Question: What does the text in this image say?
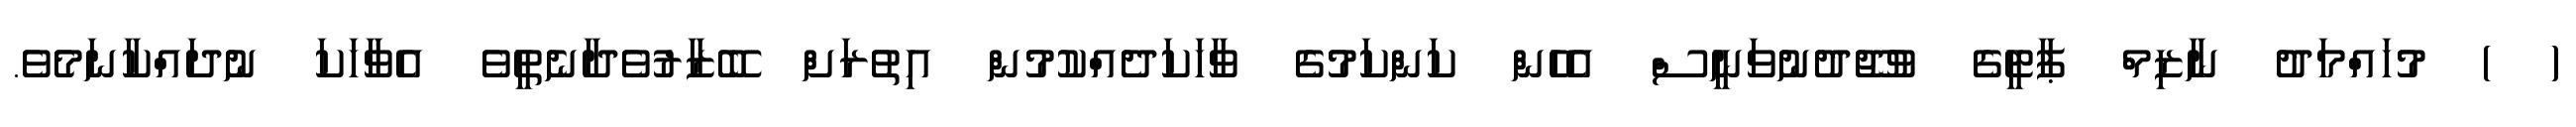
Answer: ( ) މުހައްމަދު ނާޒިމް ޕާޓީގެ ވުޖޫދުނުވަނީސް އެހެން ކަންކަމުގެ ވާހަކަދެއްކުމުން އިތުރަށް ބޭޒާރުވެދާނެތީވެ އެވާހަކަ ނުދައްކާނަމެވެ.